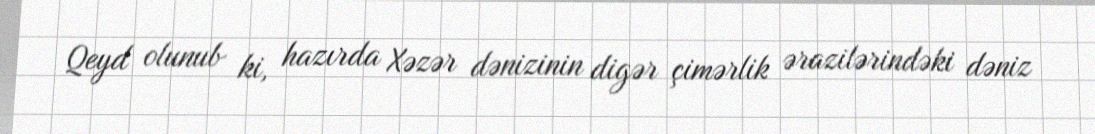
Qeyd olunub ki, hazırda Xəzər dənizinin digər çimərlik ərazilərindəki dəniz